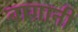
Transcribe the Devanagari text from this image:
बाग़ानी